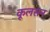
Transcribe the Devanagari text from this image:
कूलसन